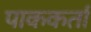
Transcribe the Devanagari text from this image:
पाककर्ता